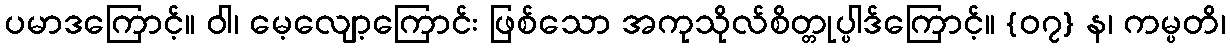
ပမာဒကြောင့်။ ဝါ၊ မေ့လျော့ကြောင်း ဖြစ်သော အကုသိုလ်စိတ္တုပ္ပါဒ်ကြောင့်။ {၀၇} န၊ ကမ္ပတိ၊